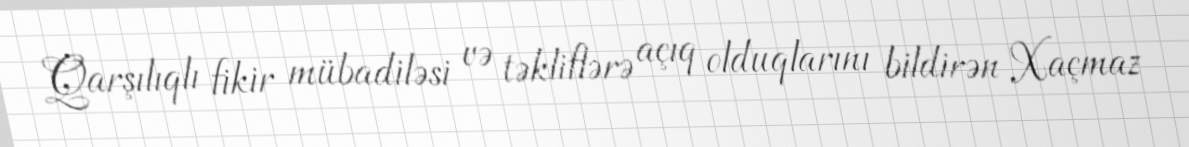
Qarşılıqlı fikir mübadiləsi və təkliflərə açıq olduqlarını bildirən Xaçmaz